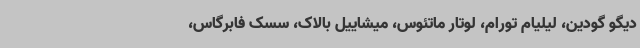
دیگو گودین، لیلیام تورام، لوتار ماتئوس، میشاییل بالاک، سسک فابرگاس،